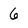
Character: 6